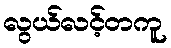
လွယ်လင့်တကူ